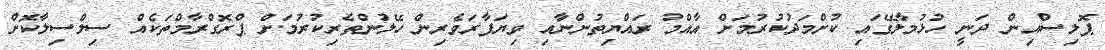
ޕޮލިސްއިން ދަނީ ހުޅުމާލޭގައި ކުށްމަދުކުރުމަށް އާއްމު ރައްޔިތުންނާއި ވިޔަފާރަވެރިން ހޭލުންތެރިކުރުމަށް ޕްރޮގްރާމްތަކެއް ސިލްސިލާކޮށް